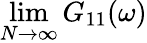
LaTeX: \operatorname*{lim}_{N\rightarrow\infty}G_{11}(\omega)